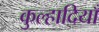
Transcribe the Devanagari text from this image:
कुल्हादियाँ